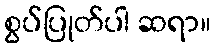
စွပ်ပြုတ်ပါ ဆရာ။